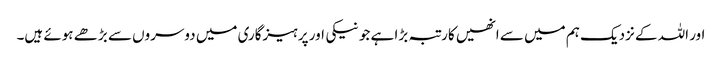
اور اللہ کے نزدیک ہم میں سے انھیں کارتبہ بڑا ہے جو نیکی اور پرہیزگاری میں دوسروں سے بڑھے ہوئے ہیں۔